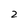
Character: 2